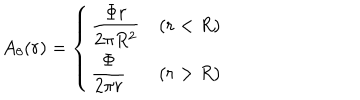
A _ { \theta } ( r ) = \left\{ \begin{array} { l l } { { \displaystyle \frac { \Phi r } { 2 \pi R ^ { 2 } } } } & { { ( r < R ) } } \\ { { \displaystyle \frac { \Phi } { 2 \pi r } } } & { { ( r > R ) } } \\ \end{array} \right.